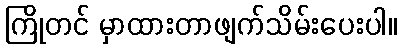
ကြိုတင် မှာထားတာဖျက်သိမ်းပေးပါ။